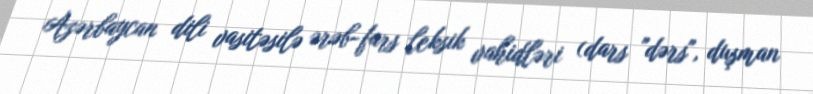
Azərbaycan dili vasitəsilə ərəb-fars leksik vahidləri (dars "dərs", duşman